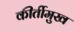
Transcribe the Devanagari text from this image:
कीर्तीमुख